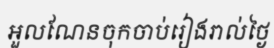
អួលណែនចុកចាប់រៀងរាល់ថ្ងៃ